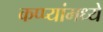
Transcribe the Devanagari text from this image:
कप्प्यांमध्ये